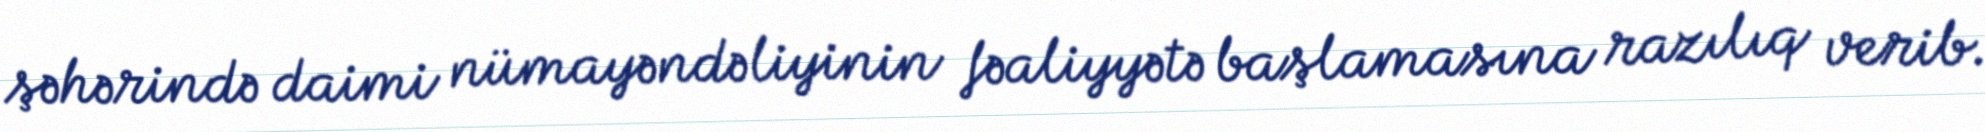
şəhərində daimi nümayəndəliyinin fəaliyyətə başlamasına razılıq verib.